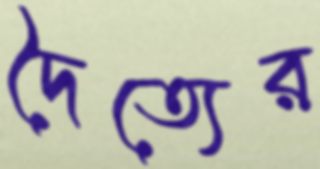
দৈত্যের